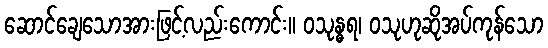
ဆောင်ချေသောအားဖြင့်လည်းကောင်း။ ဝသုန္ဓရ၊ ဝသုဟုဆိုအပ်ကုန်သော